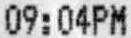
09:04PM